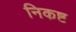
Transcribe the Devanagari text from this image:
निकष्ट